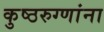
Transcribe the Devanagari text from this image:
कुष्ठरुग्णांना